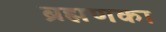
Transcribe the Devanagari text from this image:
ब्रह्मणका